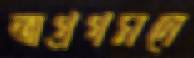
অগ্রগমনে